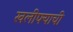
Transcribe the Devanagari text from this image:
खलीफ्याची